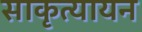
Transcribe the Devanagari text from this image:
साकृत्यायन